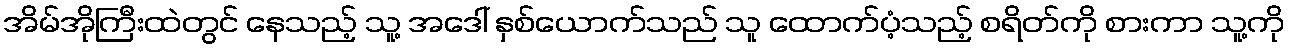
အိမ်အိုကြီးထဲတွင် နေသည့် သူ့ အဒေါ် နှစ်ယောက်သည် သူ ထောက်ပံ့သည့် စရိတ်ကို စားကာ သူ့ကို